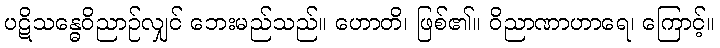
ပဋိသန္ဓေဝိညာဉ်လျှင် ဘေးမည်သည်။ ဟောတိ၊ ဖြစ်၏။ ဝိညာဏာဟာရေ၊ ကြောင့်။